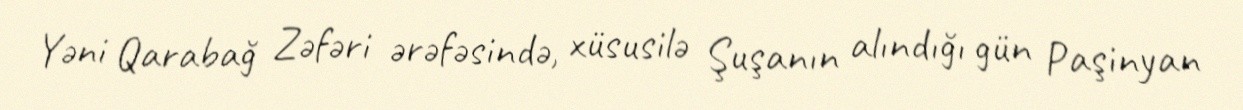
Yəni Qarabağ Zəfəri ərəfəsində, xüsusilə Şuşanın alındığı gün Paşinyan